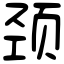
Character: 颈